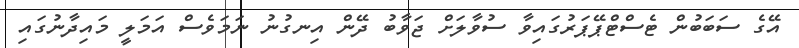
އޭގެ ސަބަބުން ޓެސްޓްޕޭޕަރުގައިވާ ސުވާލަށް ޖަވާބު ދޭން އިނގުނު ނަމަވެސް އަމަލީ މައިދާނުގައި